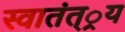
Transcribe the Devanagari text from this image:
स्वातंत््रय